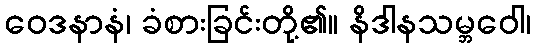
ဝေဒနာနံ၊ ခံစားခြင်းတို့၏။ နိဒါနသမ္ဘဝေါ၊